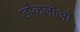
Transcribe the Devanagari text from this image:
डोकलोओ